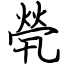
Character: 煢